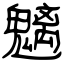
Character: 魑